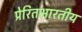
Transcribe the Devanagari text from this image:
प्रेरितभारतीय